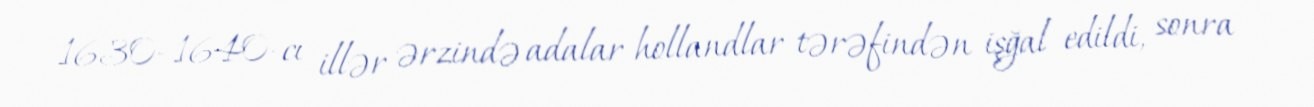
1630–1640-cı illər ərzində adalar hollandlar tərəfindən işğal edildi, sonra